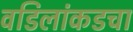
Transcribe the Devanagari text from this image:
वडिलांकडचा